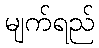
မျက်ရည်